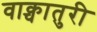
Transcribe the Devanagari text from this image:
वाक्चातुरी